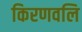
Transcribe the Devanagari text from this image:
किरणवलि